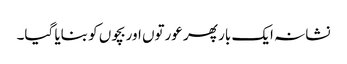
نشانہ ایک بار پھر عورتوں اوربچوں کو بنایا گیا۔